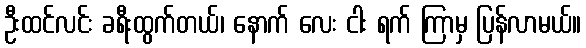
ဦးထင်လင်း ခရီးထွက်တယ်၊ နောက် လေး ငါး ရက် ကြာမှ ပြန်လာမယ်။